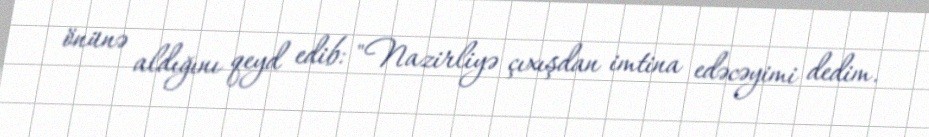
önünə aldığını qeyd edib: "Nazirliyə çıxışdan imtina edəcəyimi dedim.